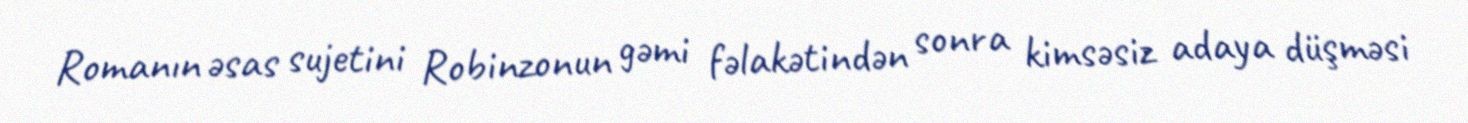
Romanın əsas sujetini Robinzonun gəmi fəlakətindən sonra kimsəsiz adaya düşməsi